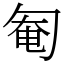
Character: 匎